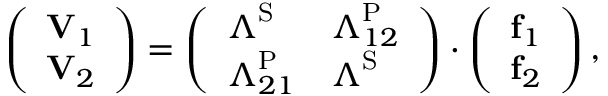
\left( \begin{array} { l } { \mathbf { V } _ { 1 } } \\ { \mathbf { V } _ { 2 } } \end{array} \right) = \left( \begin{array} { l l } { \boldsymbol { \Lambda } ^ { \mathrm { S } } } & { \boldsymbol { \Lambda } _ { 1 2 } ^ { \mathrm { P } } } \\ { \boldsymbol { \Lambda } _ { 2 1 } ^ { \mathrm { P } } } & { \boldsymbol { \Lambda } ^ { \mathrm { S } } } \end{array} \right) \cdot \left( \begin{array} { l } { \mathbf { f } _ { 1 } } \\ { \mathbf { f } _ { 2 } } \end{array} \right) ,